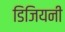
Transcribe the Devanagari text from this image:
डिजियनी